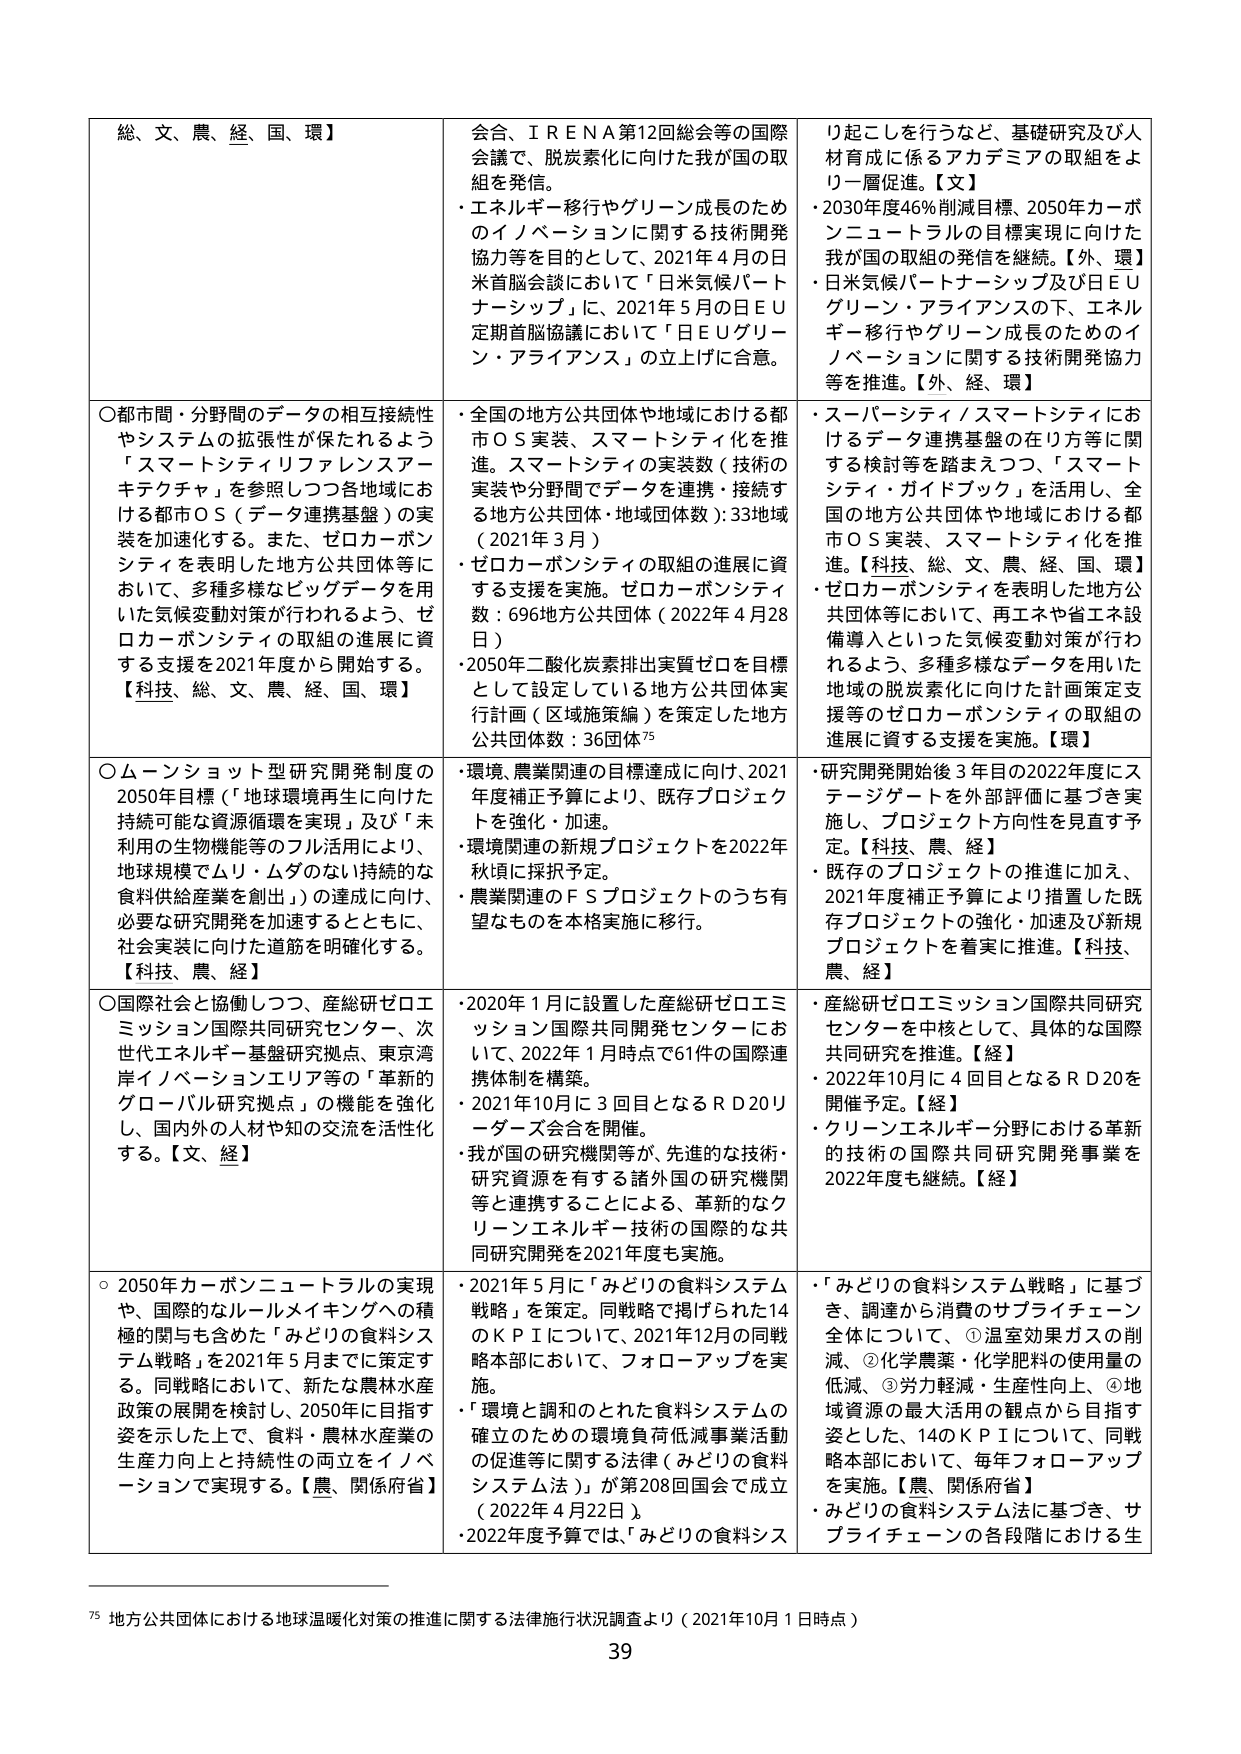
総、文、農、経、国、環】
会合、ＩＲＥＮＡ第12回総会等の国際会議で、脱炭素化に向けた我が国の取組を発信。
・エネルギー移行やグリーン成長のためのイノベーションに関する技術開発協力等を目的として、2021年4月の日米首脳会談において「日米気候パートナーシップ」に、2021年5月の日EU定期首脳協議において「日EUグリーン・アライアンス」の立上げに合意。
り起こしを行うなど、基礎研究及び人材育成に係るアカデミアの取組をより一層促進。【文】
・2030年度46％削減目標、2050年カーボンニュートラルの目標実現に向けた我が国の取組の発信を継続。【外、環】
・日米気候パートナーシップ及び日EUグリーン・アライアンスの下、エネルギー移行やグリーン成長のためのイノベーションに関する技術開発協力を推進。【外、経、環】

○都市間・分野間のデータの相互接続性やシステムの拡張性が保たれるよう「スマートシティリファレンスアーキテクチャ」を参照しつつ各地域における都市ＯＳ（データ連携基盤）の実装を加速化する。また、ゼロカーボンシティを表明した地方公共団体等において、多種多様なビッグデータを用いた気候変動対策が行われるよう、ゼロカーボンシティの取組の進展に資する支援を2021年度から開始する。【科技、総、文、農、経、国、環】
・全国の地方公共団体や地域における都市ＯＳ実装、スマートシティ化を推進。スマートシティの実装数（技術の実装や分野間でデータを連携・接続する地方公共団体・地域団体数）：33地域（2021年3月）
・ゼロカーボンシティの取組の進展に資する支援を実施。ゼロカーボンシティ数：696地方公共団体（2022年4月28日）
・2050年二酸化炭素排出実質ゼロを目標として設定している地方公共団体実行計画（区域施策編）を策定した地方公共団体数：36団体⁷⁵
・スーパーシティ／スマートシティにおけるデータ連携基盤の在り方等に関する検討等を踏まえつつ、「スマートシティ・ガイドブック」を活用し、全国の地方公共団体や地域における都市ＯＳ実装、スマートシティ化を推進。【科技、総、文、農、経、国、環】
・ゼロカーボンシティを表明した地方公共団体等において、再エネや省エネ設備導入といった気候変動対策が行われるよう、多種多様なデータを用いた地域の脱炭素化に向けた計画策定支援等のゼロカーボンシティの取組の進展に資する支援を実施。【環】

○ムーンショット型研究開発制度の2050年目標（「地球環境再生に向けた持続可能な資源循環を実現」及び「未利用の生物機能等のフル活用により、地球規模でムリ・ムダのない持続的な食料供給産業を創出」）の達成に向け、必要な研究開発を加速するとともに、社会実装に向けた道筋を明確化する。【科技、農、経】
・環境、農業関連の目標達成に向け、2021年度補正予算により、既存プロジェクトを強化・加速。
・環境関連の新規プロジェクトを2022年秋頃に採択予定。
・農業関連のＦＳプロジェクトのうち有望なものを本格実施に移行。
・研究開発開始後3年目の2022年度にステージゲートを外部評価に基づき実施し、プロジェクト方向性を見直す予定。【科技、農、経】
・既存のプロジェクトの推進に加え、2021年度補正予算により措置した既存プロジェクトの強化・加速及び新規プロジェクトを着実に推進。【科技、農、経】

○国際社会と協働しつつ、産総研ゼロエミッション国際共同研究センター、次世代エネルギー基盤研究拠点、東京湾岸イノベーションエリア等の「革新的グローバル研究拠点」の機能を強化し、国内外の人材や知の交流を活性化する。【文、経】
・2020年1月に設置した産総研ゼロエミッション国際共同開発センターにおいて、2022年1月時点で61件の国際連携体制を構築。
・2021年10月に3回目となるＲＤ20リーダーズ会合を開催。
・我が国の研究機関等が、先進的な技術・研究資源を有する諸外国の研究機関等と連携することによる、革新的なクリーンエネルギー技術の国際的な共同研究開発を2021年度も実施。
・産総研ゼロエミッション国際共同研究センターを中核として、具体的な国際共同研究を推進。【経】
・2022年10月に4回目となるＲＤ20を開催予定。【経】
・クリーンエネルギー分野における革新的技術の国際共同研究開発事業を2022年度も継続。【経】

○2050年カーボンニュートラルの実現や、国際的なルールメイキングへの積極的関与も含めた「みどりの食料システム戦略」を2021年5月までに策定する。同戦略において、新たな農林水産政策の展開を検討し、2050年に目指す姿を示した上で、食料・農林水産業の生産力向上と持続性の両立をイノベーションで実現する。【農、関係府省】
・2021年5月に「みどりの食料システム戦略」を策定。同戦略で掲げられた14のＫＰＩについて、2021年12月の同戦略本部において、フォローアップを実施。
・「環境と調和のとれた食料システムの確立のための環境負荷低減事業活動の促進等に関する法律（みどりの食料システム法）」が第208回国会で成立（2022年4月22日）。
・2022年度予算では、「みどりの食料システム戦略」に基づき、調達から消費のサプライチェーン全体について、①温室効果ガスの削減、②化学農薬・化学肥料の使用量の低減、③労力軽減・生産性向上、④地域資源の最大活用の観点から目指す姿とした、14のＫＰＩについて、同戦略本部において、毎年フォローアップを実施。【農、関係府省】
・みどりの食料システム法に基づき、サプライチェーンの各段階における生

⁷⁵ 地方公共団体における地球温暖化対策の推進に関する法律施行状況調査より（2021年10月1日時点）
39